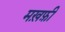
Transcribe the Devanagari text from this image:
मख़फ़ी